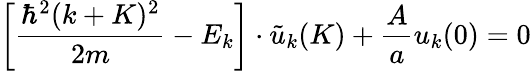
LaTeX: \left[{\frac{\hbar^{2}(k+K)^{2}}{2m}}-E_{k}\right]\cdot{\tilde{u}}_{k}(K)+{\frac{A}{a}}u_{k}(0)=0